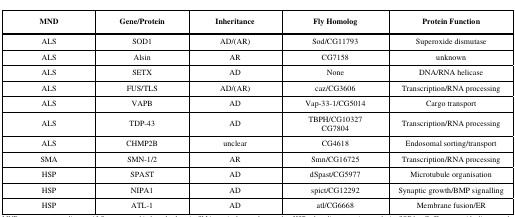
<table><thead><tr><td><b>MND</b></td><td><b>Gene/Protein</b></td><td><b>Inheritance</b></td><td><b>Fly Homolog</b></td><td><b>Protein Function</b></td></tr></thead><tbody><tr><td>ALS</td><td>SOD1</td><td>AD/(AR)</td><td>Sod/CG11793</td><td>Superoxide dismutase</td></tr><tr><td>ALS</td><td>Alsin</td><td>AR</td><td>CG7158</td><td>unknown</td></tr><tr><td>ALS</td><td>SETX</td><td>AD</td><td>None</td><td>DNA/RNA helicase</td></tr><tr><td>ALS</td><td>FUS/TLS</td><td>AD/(AR)</td><td>caz/CG3606</td><td>Transcription/RNA processing</td></tr><tr><td>ALS</td><td>VAPB</td><td>AD</td><td>Vap-33-1/CG5014</td><td>Cargo transport</td></tr><tr><td>ALS</td><td>TDP-43</td><td>AD</td><td>TBPH/CG10327CG7804</td><td>Transcription/RNA processing</td></tr><tr><td>ALS</td><td>CHMP2B</td><td>unclear</td><td>CG4618</td><td>Endosomal sorting/transport</td></tr><tr><td>SMA</td><td>SMN-1/2</td><td>AR</td><td>Smn/CG16725</td><td>Transcription/RNA processing</td></tr><tr><td>HSP</td><td>SPAST</td><td>AD</td><td>dSpast/CG5977</td><td>Microtubule organisation</td></tr><tr><td>HSP</td><td>NIPA1</td><td>AD</td><td>spict/CG12292</td><td>Synaptic growth/BMP signalling</td></tr><tr><td>HSP</td><td>ATL-1</td><td>AD</td><td>atl/CG6668</td><td>Membrane fusion/ER</td></tr></tbody></table>